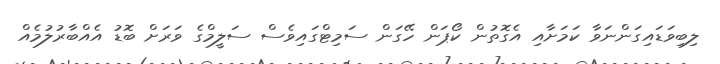
ލިބިވަޑައިގަންނަވާ ކަމަށާއި އެގޮތުން ކޯޕަން ހޭގަން ސަމިޓްގައިވެސް ސަލީމްގެ ވަރަށް ބޮޑު އެއްބާރުލުމެއް